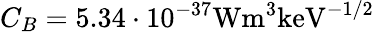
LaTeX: C_{B}=5.34\cdot 10^{-37}\mathrm{W}\mathrm{m}^{3}\mathrm{keV}^{-1/2}